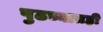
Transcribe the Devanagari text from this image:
पुढच्यातही